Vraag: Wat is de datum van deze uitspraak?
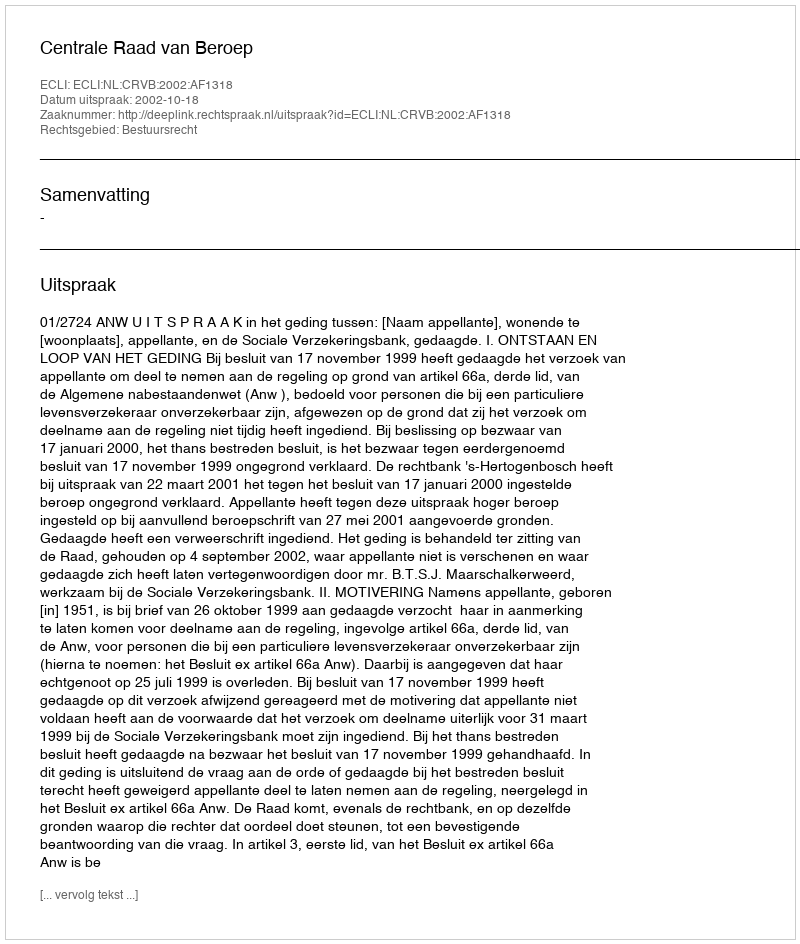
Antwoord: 2002-10-18